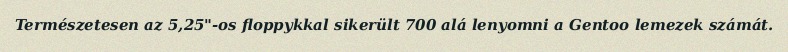
Természetesen az 5,25"-os floppykkal sikerült 700 alá lenyomni a Gentoo lemezek számát.